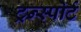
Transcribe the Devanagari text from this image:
ट्रन्स्पोर्ट